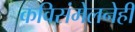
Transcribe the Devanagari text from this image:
कविसंमेलनेही